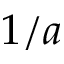
1 / a